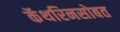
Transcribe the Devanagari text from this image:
कॅथरिनसोबत